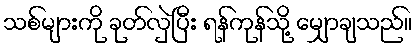
သစ်များကို ခုတ်လှဲပြီး ရန်ကုန်သို့ မျှောချသည်။